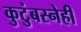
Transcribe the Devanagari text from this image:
कुटुंबस्नेही